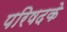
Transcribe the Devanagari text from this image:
परिषदके